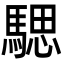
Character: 騦